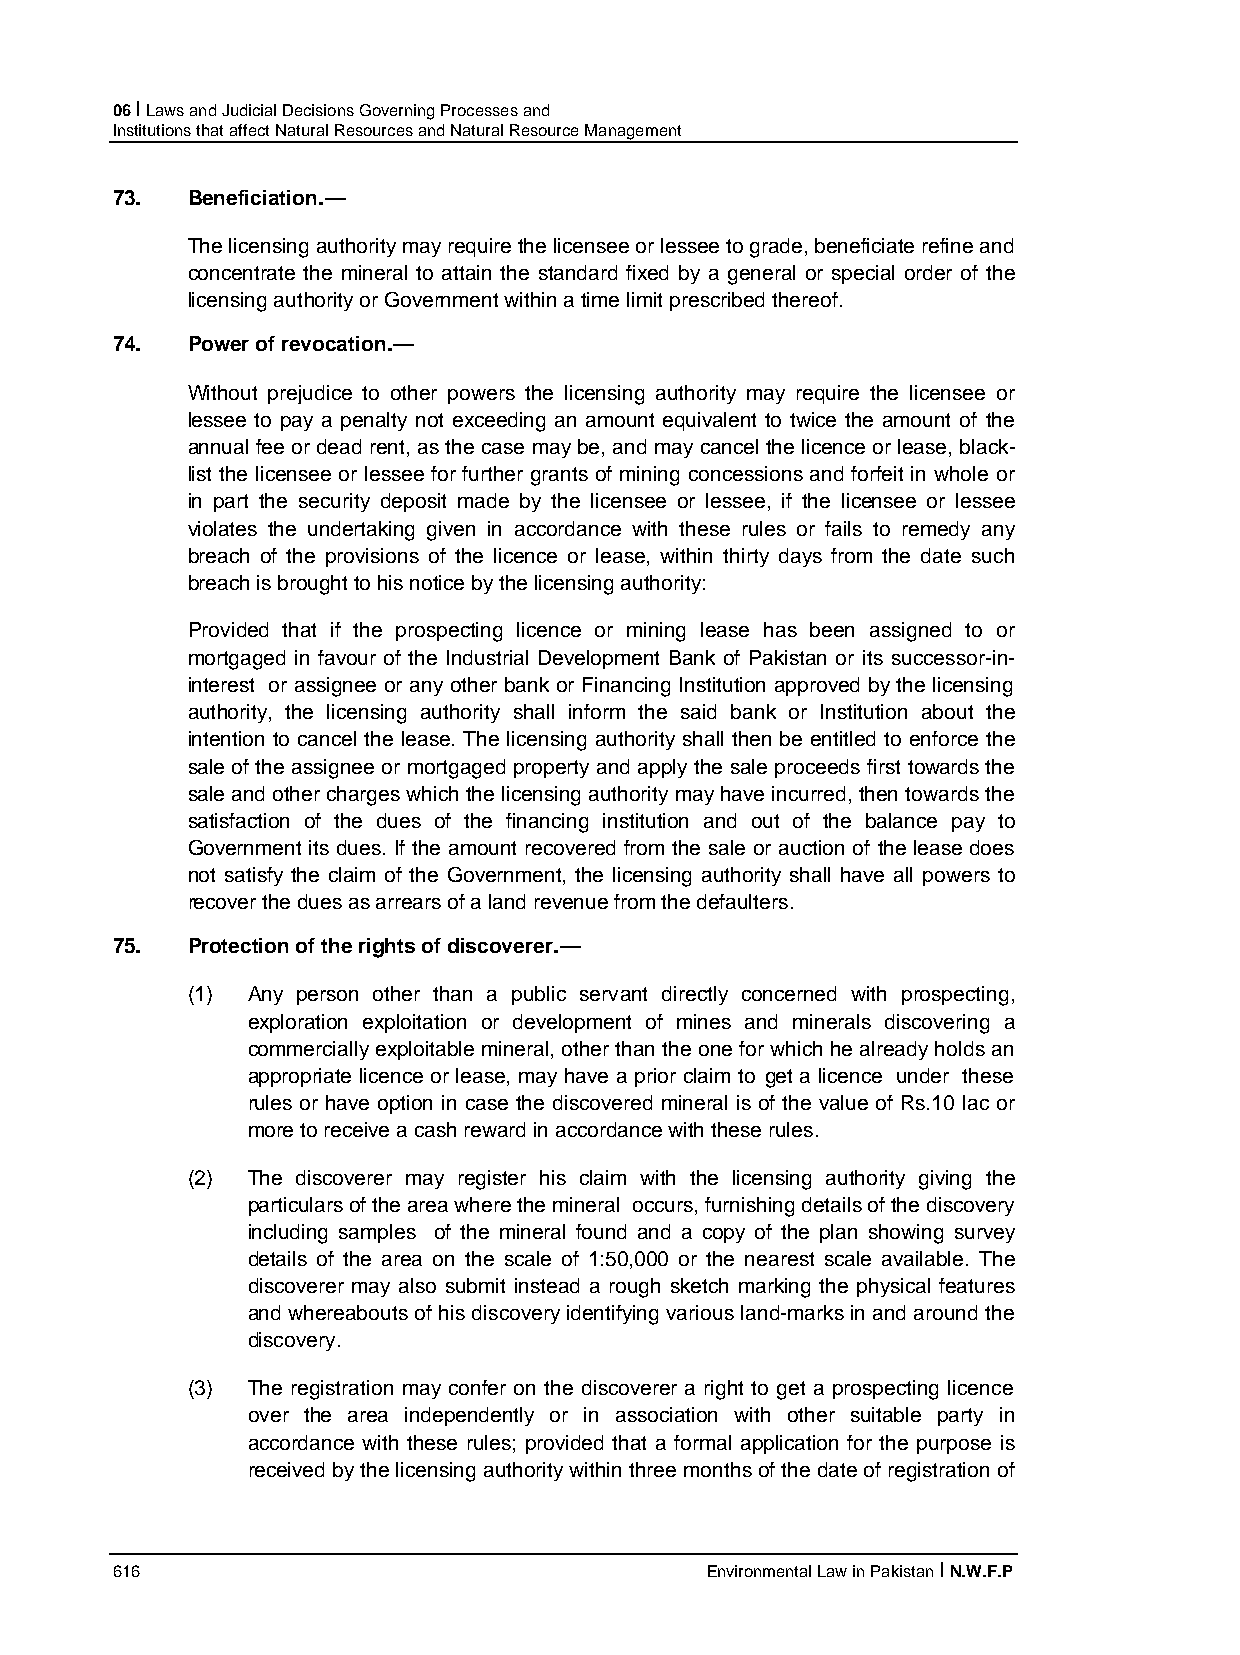
06 I Laws and Judicial Decisions Governing Processes and
 Institutions that affect Natural Resources and Natural Resource Management
 73.  Beneficiation.—
 The licensing authority may require the licensee or lessee to grade, beneficiate refine and
 concentrate the mineral to attain the standard fixed by a general or special order of the
 licensing authority or Government within a time limit prescribed thereof.
 74.  Power of revocation.—
 Without prejudice to other powers the licensing authority may require the licensee or
 lessee to pay a penalty not exceeding an amount equivalent to twice the amount of the
 annual fee or dead rent, as the case may be, and may cancel the licence or lease, black-
 list the licensee or lessee for further grants of mining concessions and forfeit in whole or
 in part the security deposit made by the licensee or lessee, if the licensee or lessee
 violates the undertaking given in accordance with these rules or fails to remedy any
 breach of the provisions of the licence or lease, within thirty days from the date such
 breach is brought to his notice by the licensing authority:
 Provided that if the prospecting licence or mining lease has been assigned to or
 mortgaged in favour of the Industrial Development Bank of Pakistan or its successor-in-
 interest or assignee or any other bank or Financing Institution approved by the licensing
 authority, the licensing authority shall inform the said bank or Institution about the
 intention to cancel the lease. The licensing authority shall then be entitled to enforce the
 sale of the assignee or mortgaged property and apply the sale proceeds first towards the
 sale and other charges which the licensing authority may have incurred, then towards the
 satisfaction of the dues of the financing institution and out of the balance pay to
 Government its dues. If the amount recovered from the sale or auction of the lease does
 not satisfy the claim of the Government, the licensing authority shall have all powers to
 recover the dues as arrears of a land revenue from the defaulters.
 75.  Protection of the rights of discoverer.—
 (1) Any person other than a public servant directly concerned with prospecting,
 exploration exploitation or development of mines and minerals discovering a
 commercially exploitable mineral, other than the one for which he already holds an
 appropriate licence or lease, may have a prior claim to get a licence under these
 rules or have option in case the discovered mineral is of the value of Rs.10 lac or
 more to receive a cash reward in accordance with these rules.
 (2) The discoverer may register his claim with the licensing authority giving the
 particulars of the area where the mineral occurs, furnishing details of the discovery
 including samples of the mineral found and a copy of the plan showing survey
 details of the area on the scale of 1:50,000 or the nearest scale available. The
 discoverer may also submit instead a rough sketch marking the physical features
 and whereabouts of his discovery identifying various land-marks in and around the
 discovery.
 (3) The registration may confer on the discoverer a right to get a prospecting licence
 over the area independently or in association with other suitable party in
 accordance with these rules; provided that a formal application for the purpose is
 received by the licensing authority within three months of the date of registration of
 616                                     Environmental Law in Pakistan I N.W.F.P